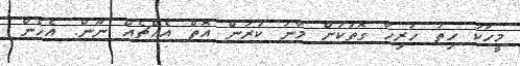
މީހަކު ހިތު ހުރިހާ ގޮތަކަށް މާނަ ކުރަން އޮތް އެއްޗެއް ނޫން. އެހެން